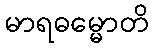
မာရဓမ္မောတိ